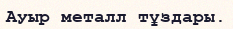
Ауыр металл тұздары.